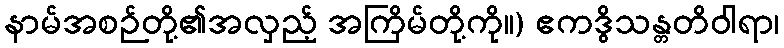
နာမ်အစဉ်တို့၏အလှည့် အကြိမ်တို့ကို။) ဧကဒွိသန္တတိဝါရာ၊